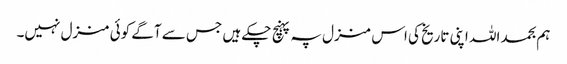
ہم بحمد اللہ اپنی تاریخ کی اس منزل پہ پہنچ چکے ہیں جس سے آگے کوئی منزل نہیں۔